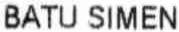
BATU SIMEN